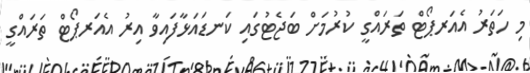
މި ހަތަރު އެއަރޕޯޓް ތަރައްގީ ކުރުމަށް ބަޖެޓުގައި ކަނޑައަޅާފައިވާ އިރު އެއަރޕޯޓް ތަރައްގީ